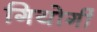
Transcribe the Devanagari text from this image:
गियोर्गी